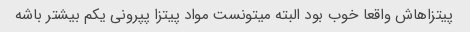
پیتزاهاش واقعا خوب بود البته میتونست مواد پیتزا پپرونی یکم بیشتر باشه